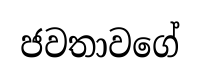
ජවතාවගේ